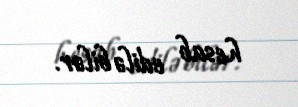
hesab edilə bilər.